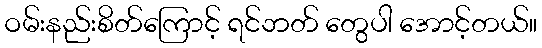
ဝမ်းနည်းစိတ်ကြောင့် ရင်ဘတ် တွေပါ အောင့်တယ်။